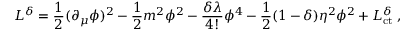
{ \cal L } ^ { \delta } = \frac { 1 } { 2 } ( \partial _ { \mu } \phi ) ^ { 2 } - \frac { 1 } { 2 } m ^ { 2 } \phi ^ { 2 } - \frac { \delta \lambda } { 4 ! } \phi ^ { 4 } - \frac { 1 } { 2 } ( 1 - \delta ) \eta ^ { 2 } \phi ^ { 2 } + { \cal L } _ { \mathrm { c t } } ^ { \delta } \; ,